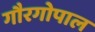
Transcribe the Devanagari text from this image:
गौरगोपाल